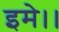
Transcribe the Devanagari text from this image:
इमे।।